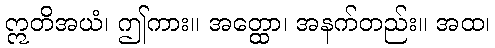
ဣတိအယံ၊ ဤကား။ အတ္ထော၊ အနက်တည်း။ အထ၊